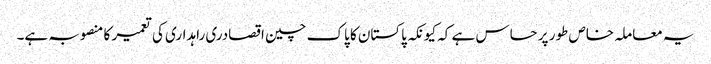
یہ معاملہ خاص طور پر حساس ہے کہ کیونکہ پاکستان کا پاک چین اقصادری راہداری کی تعمیر کا منصوبہ ہے۔